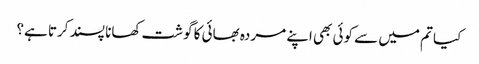
کیا تم میں سے کوئی بھی اپنے مردہ بھائی کا گوشت کھانا پسند کرتا ہے؟